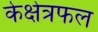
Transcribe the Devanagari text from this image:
केक्षेत्रफल